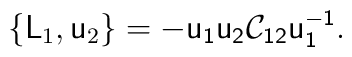
\{\mathsf{L}_1 , \mathsf{u}_2 \} =-\mathsf{u_1u_2\mathcal{C}_{12}u_1^{-1}}.